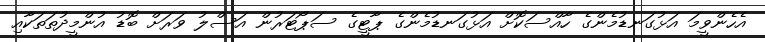
އެހެންވީމަ އަޅުގަނޑުމެންގެ ހާއްސަކޮށް އަޅުގަނޑުމެންގެ ޕާޓީގެ ސަޕޯޓަރުން އަސްލު ވަރަށް ބޮޑު އުންމީދުތަތަކާއި